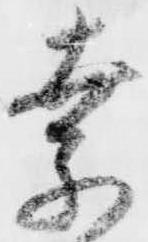
奈